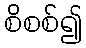
စိစစ်၍